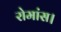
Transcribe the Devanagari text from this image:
रोमांस।